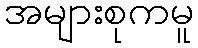
အများစုကမူ